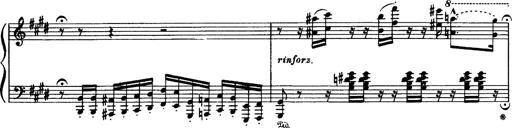
Title: Paraphrase de concert sur Rigoletto
Composer: Franz Liszt